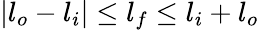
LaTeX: |l_{o}-l_{i}|\le l_{f}\le l_{i}+l_{o}